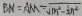
B N = A M - \sqrt { m ^ { 2 } - \frac { 1 } { 2 } n ^ { 2 } }